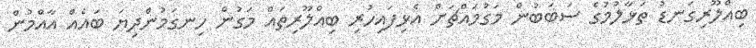
ބިއްލޫރިގަނޑު ތަޅާލުމުގެ ސަބަބުން މަގުމައްޗަށް އެޅިފައިހުރި ބިއްލޫރިތައް މަގުން ހިނގަމުންދިޔަ ބައެއް އާއްމުން